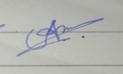
Signature authenticity: forged